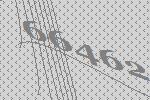
66462